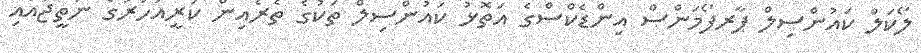
ލޯކަލް ކައުންސިލް ޕާރފޯމަންސް އިންޑެކްސްގެ އަތޮޅު ކައުންސިލް ތަކުގެ ތެރެއިން ކުރީއަހަރުގެ ނަތީޖާއާއި